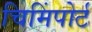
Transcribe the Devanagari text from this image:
चिमिंपोर्ट